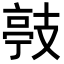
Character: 𭣙